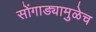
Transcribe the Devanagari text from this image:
सोंगाड्यामुळेच